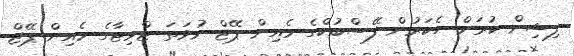
ފިޝިން ކުރަން ހެކަރުން ފޭސްބުކްގެ މެއިން ޕޭޖް ނުވަތަ ޓްވިޓާގެ މެއިން ޕޭޖް